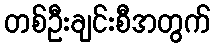
တစ်ဦးချင်းစီအတွက်